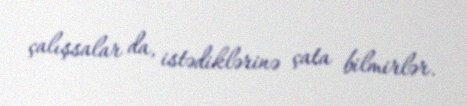
çalışsalar da, istədiklərinə çata bilmirlər.